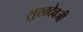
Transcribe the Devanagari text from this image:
सुखदेवजी